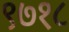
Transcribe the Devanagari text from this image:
९७१८